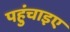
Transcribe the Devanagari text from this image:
पहुंचाइए